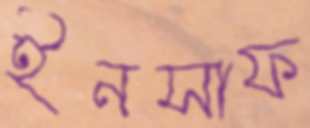
ইনসাফ